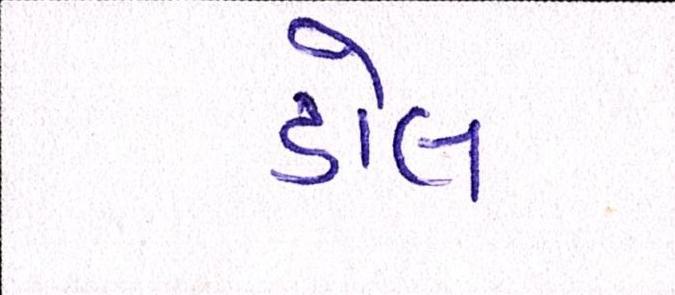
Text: ડોલ